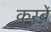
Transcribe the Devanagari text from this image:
कस्‍बें